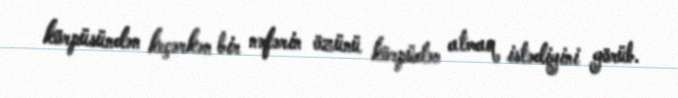
körpüsündən keçərkən bir nəfərin özünü körpüdən atmaq istədiyini görüb.